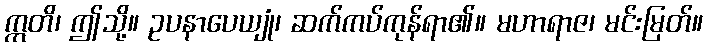
ဣတိ၊ ဤသို့။ ဥပနာပေယျုံ၊ ဆက်ကပ်ကုန်ရာ၏။ မဟာရာဇ၊ မင်းမြတ်။